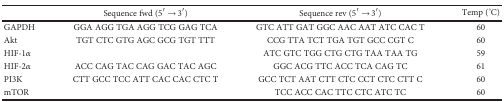
<table><thead><tr><td>[EMPTY_CELL]</td><td><b>Sequence fwd (5′ → 3′)</b></td><td><b>Sequence rev (5′ → 3′)</b></td><td><b>Temp (°C)</b></td></tr></thead><tbody><tr><td>GAPDH</td><td>GGA AGG TGA AGG TCG GAG TCA</td><td>GTC ATT GAT GGC AAC AAT ATC CAC T</td><td>60</td></tr><tr><td>Akt</td><td>TGT CTC GTG AGC GCG TGT TTT</td><td>CCG TTA TCT TGA TGT GCC CGT C</td><td>60</td></tr><tr><td>HIF-1<i>α</i></td><td>[EMPTY_CELL]</td><td>ATC GTC TGG CTG CTG TAA TAA TG</td><td>59</td></tr><tr><td>HIF-2<i>α</i></td><td>ACC CAG TAC CAG GAC TAC AGC</td><td>GGC ACG TTC ACC TCA CAG TC</td><td>61</td></tr><tr><td>PI3K</td><td>CTT GCC TCC ATT CAC CAC CTC T</td><td>GCC TCT AAT CTT CTC CCT CTC CTT C</td><td>60</td></tr><tr><td>mTOR</td><td>[EMPTY_CELL]</td><td>TCC ACC CAC TTC CTC ATC TC</td><td>60</td></tr></tbody></table>